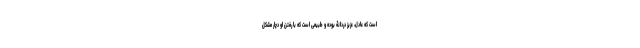
است که عادل، عزیز دردانۀ بوده و طبیعی است که با رفتن او دچار مشکل